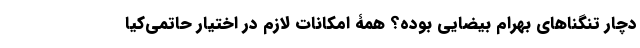
دچار تنگناهای بهرام بیضایی بوده؟ همۀ امکانات لازم در اختیار حاتمی‌کیا